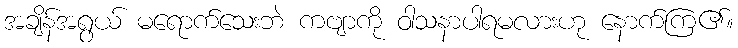
အချိန်အရွယ် မရောက်သေးဘဲ ကဗျာကို ဝါသနာပါရမလားဟု နောက်ကြ၏။